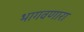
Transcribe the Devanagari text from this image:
भागवणारा